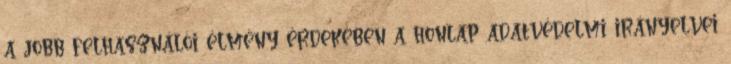
a jobb felhasználói élmény érdekében a honlap adatvédelmi irányelvei